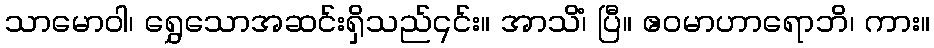
သာမောဝါ၊ ရွှေသောအဆင်းရှိသည်၎င်း။ အာသိံ၊ ပြီ။ ဧဝမာဟာရောဘိ၊ ကား။